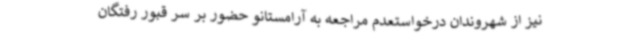
نیز از شهروندان درخواستعدم مراجعه به آرامستانو حضور بر سر قبور رفتگان